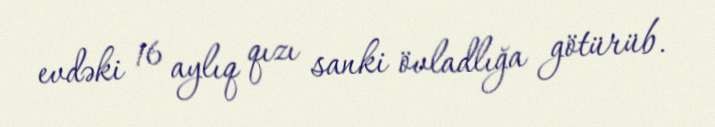
evdəki 16 aylıq qızı sanki övladlığa götürüb.